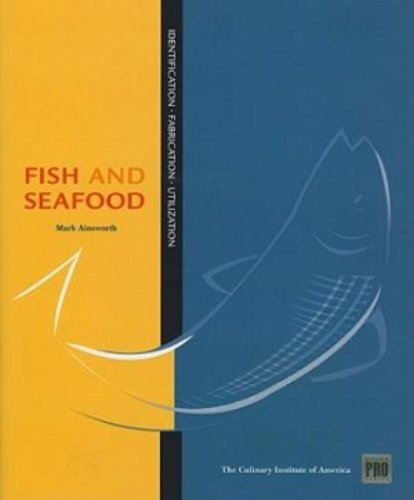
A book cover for Kitchen Pro Series: Guide to Fish and Seafood Identification, Fabrication and Utilization; Culinary Institute of America; Cookbooks, Food & Wine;